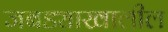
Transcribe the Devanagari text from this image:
जबड्याखालील